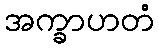
အက္ခာဟတံ